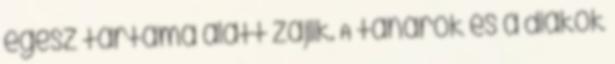
egész tartama alatt zajlik. A tanárok és a diákok